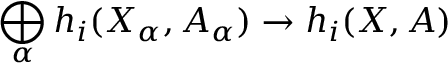
{ } \quad \bigoplus _ { \alpha } h _ { i } ( X _ { \alpha } , A _ { \alpha } ) \to h _ { i } ( X , A )